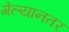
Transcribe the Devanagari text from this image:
गेल्यानतर